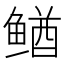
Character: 䲡